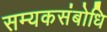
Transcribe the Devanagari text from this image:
सम्यकसंबोधि